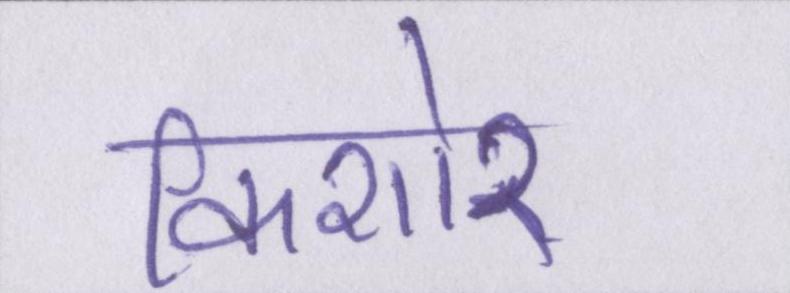
किशोर